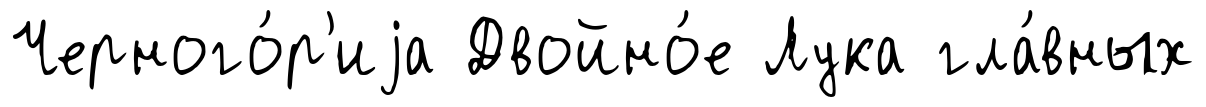
Черного́р'иjа Двойно́е Лука гла́вных